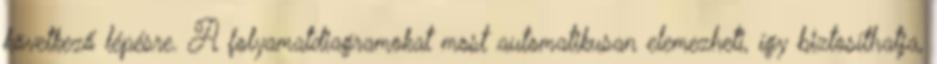
következő lépésre. A folyamatdiagramokat most automatikusan elemezheti, így biztosíthatja,